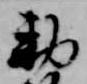
勅